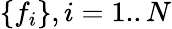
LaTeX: \lbrace f_{i}\rbrace,i=1..N